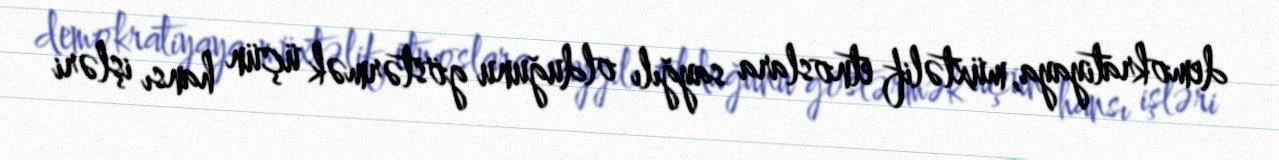
demokratiyaya, müxtəlif etnoslara sayğılı olduğunu göstərmək üçün hansı işləri